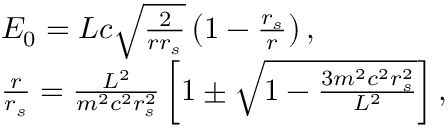
\begin{array} { l } { { \cal { E } } _ { 0 } = { \cal { L } } c \sqrt \frac { 2 } { r r _ { s } } \left( 1 - \frac { r _ { s } } { r } \right) , } \\ { \frac { r } { r _ { s } } = \frac { { \cal { L } } ^ { 2 } } { m ^ { 2 } c ^ { 2 } r _ { s } ^ { 2 } } \left[ 1 \pm \sqrt { 1 - \frac { 3 m ^ { 2 } c ^ { 2 } r _ { s } ^ { 2 } } { { \cal { L } } ^ { 2 } } } \right] , } \end{array}